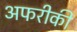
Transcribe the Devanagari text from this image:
अफरीकी